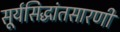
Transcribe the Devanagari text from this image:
सूर्यसिद्धांतसारणी